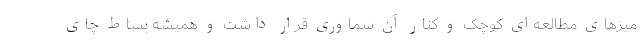
میزهای مطالعه‌ای کوچک و کنار آن سماوری قرار داشت و همیشه بساط چای